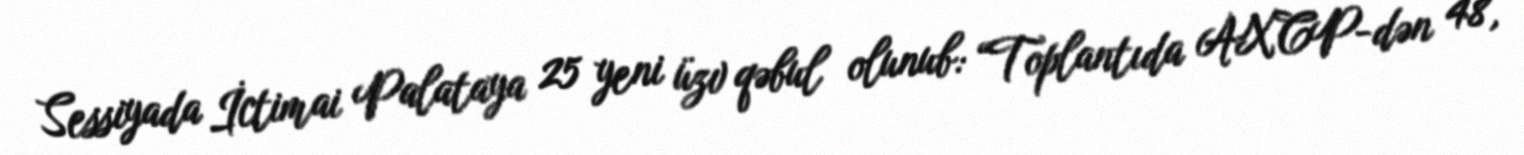
Sessiyada İctimai Palataya 25 yeni üzv qəbul olunub: “Toplantıda AXCP-dən 48,